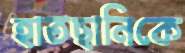
হাতছানিকে